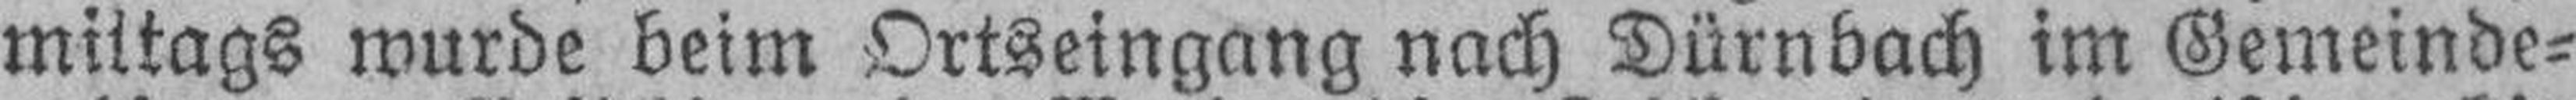
mittags wurde beim Ortseingang nach Dürnbach im Gemeinde¬